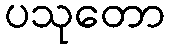
ပသုတော